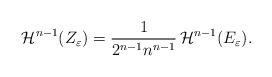
LaTeX: \begin{align*}\mathcal{H}^{n-1}(Z_\varepsilon)=\frac1{2^{n-1}n^{n-1}}\,\mathcal{H}^{n-1}(E_\varepsilon).\end{align*}